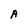
Character: A